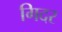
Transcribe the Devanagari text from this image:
गिदर